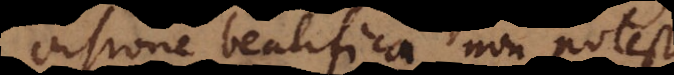
visione beatifica non potest